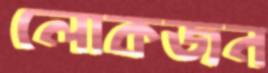
লোকজন